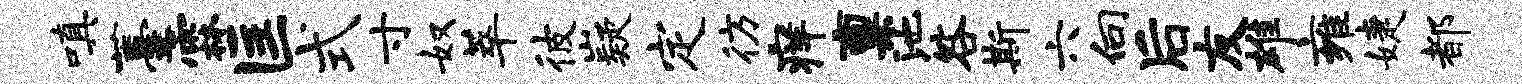
嗔薹霖匡式寸奴萃彼嶷定彷痒禀池咎斯六向后友雄雍婕都